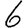
Digit: 6